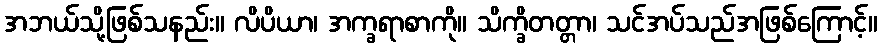
အဘယ်သို့ဖြစ်သနည်း။ လိပိယာ၊ အက္ခရာစာကို။ သိက္ခိတတ္တာ၊ သင်အပ်သည်အဖြစ်ကြောင့်။